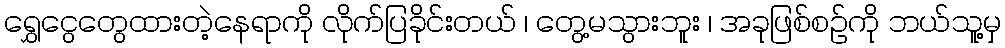
ရွှေငွေတွေထားတဲ့နေရာကို လိုက်ပြခိုင်းတယ် ၊ တွေ့မသွားဘူး ၊ အခုဖြစ်စဥ်ကို ဘယ်သူ့မှ